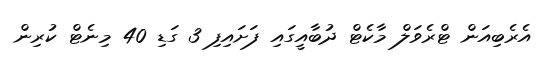
އެރެބިއަން ޓްރެވަލް މާކެޓް ދުބާއީގައި ފަށައިފި 3 ގަޑި 40 މިނެޓް ކުރިން